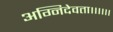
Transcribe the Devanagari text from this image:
अग्निदेवता।।।।।।